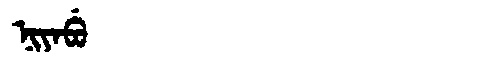
Manchu: ᠨᡳᠶᠠᠪᡠ
Romanization: NIYABU